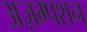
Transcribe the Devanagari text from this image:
अज़म्पशन